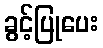
ခွင့်ပြုပေး